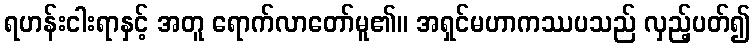
ရဟန်းငါးရာနှင့် အတူ ရောက်လာတော်မူ၏။ အရှင်မဟာကဿပသည် လှည့်ပတ်၍